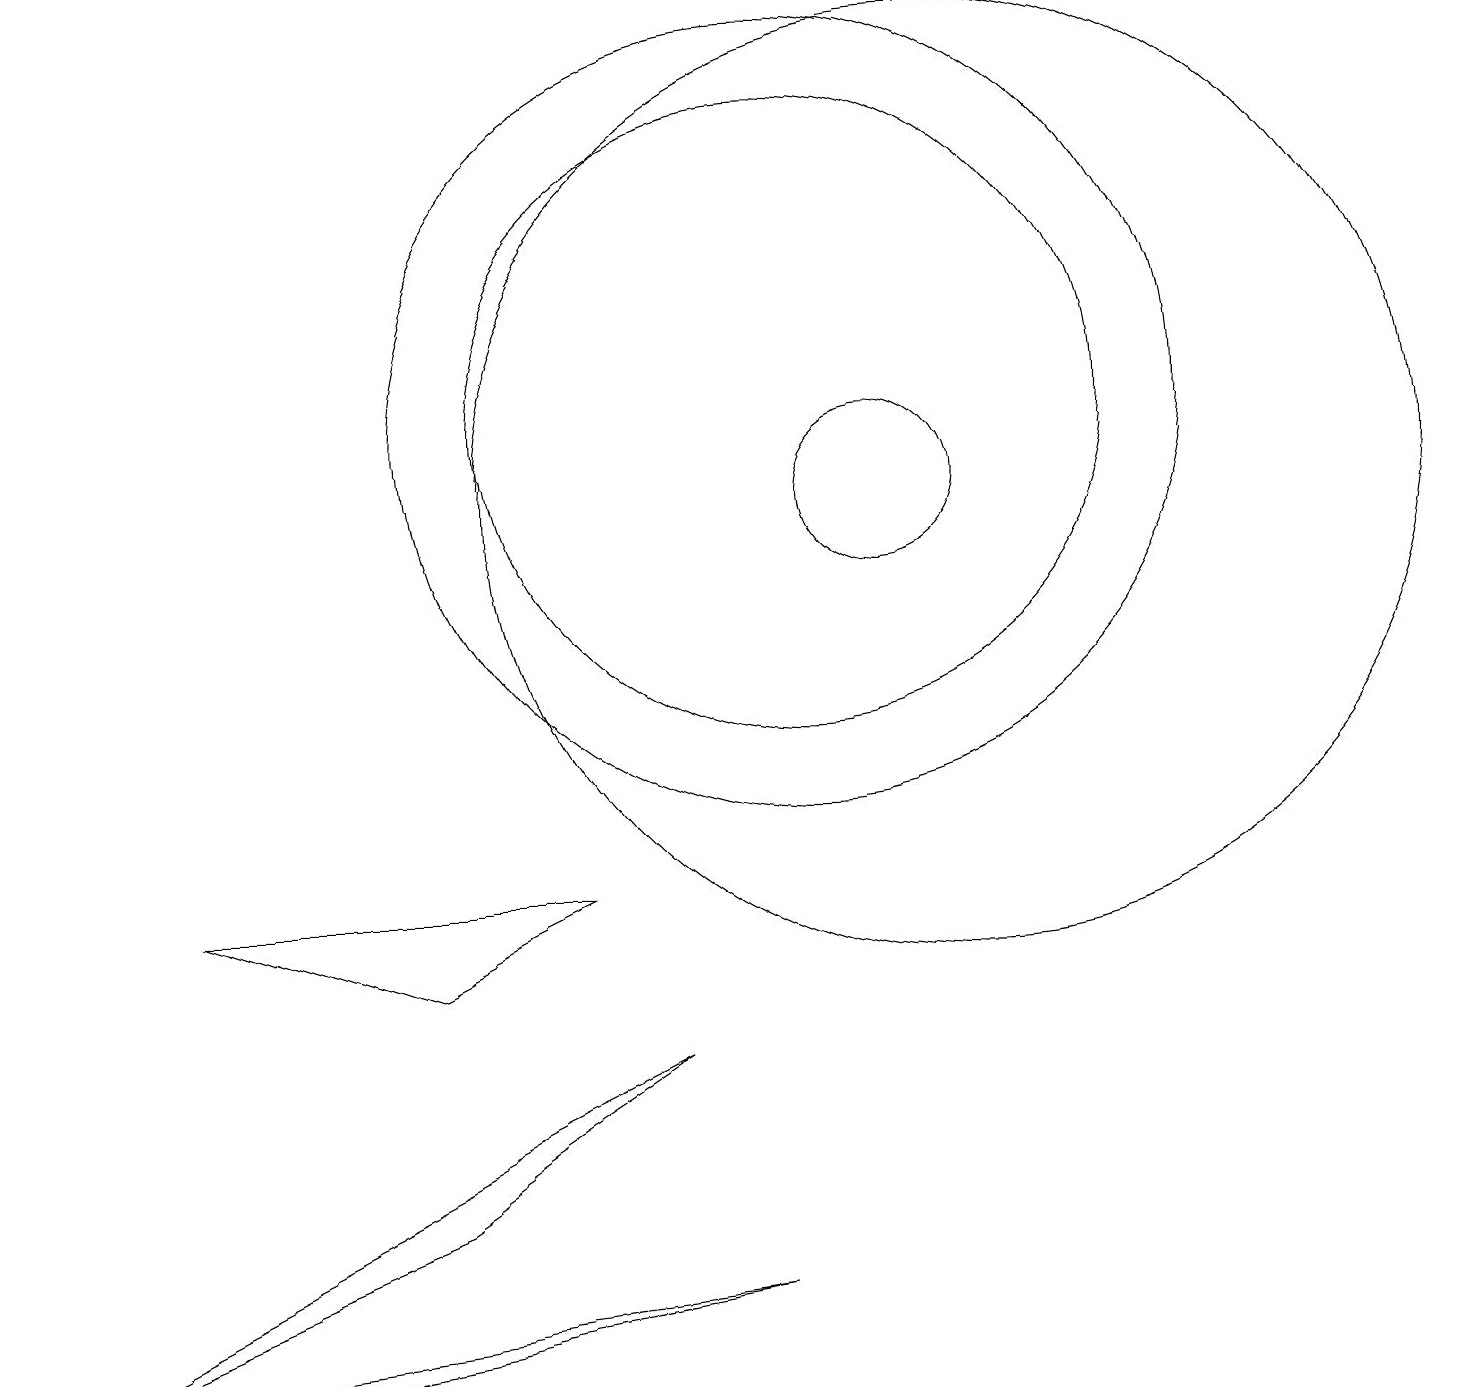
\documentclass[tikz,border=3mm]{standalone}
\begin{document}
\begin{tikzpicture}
\draw (10,12) circle (4);
\draw (12,11) circle (6);
\draw (2,6) -- (5,5) -- (7,6) -- cycle;
\draw (11,11) circle (1);
\draw (5,2) -- (0,0) -- (8,4) -- cycle;
\draw (3,0) -- (9,1) -- (1,0) -- cycle;
\draw (10,12) circle (5);
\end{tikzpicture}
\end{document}